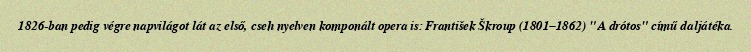
1826-ban pedig végre napvilágot lát az első, cseh nyelven komponált opera is: František Škroup (1801–1862) "A drótos" című daljátéka.